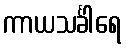
ကာယသင်္ခါရေ